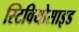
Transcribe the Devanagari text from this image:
स्टिवियोसाइड